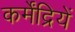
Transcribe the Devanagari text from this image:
कर्मेंद्रियें